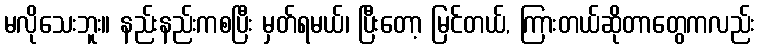
မလိုသေးဘူး။ နည်းနည်းကစပြီး မှတ်ရမယ်၊ ပြီးတော့ မြင်တယ်, ကြားတယ်ဆိုတာတွေကလည်း